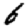
Digit: 6